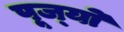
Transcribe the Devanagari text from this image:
पूज्‍यो